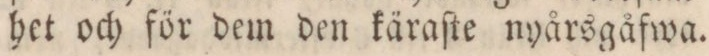
het och för dem den käraſte nyårsgåfwa.